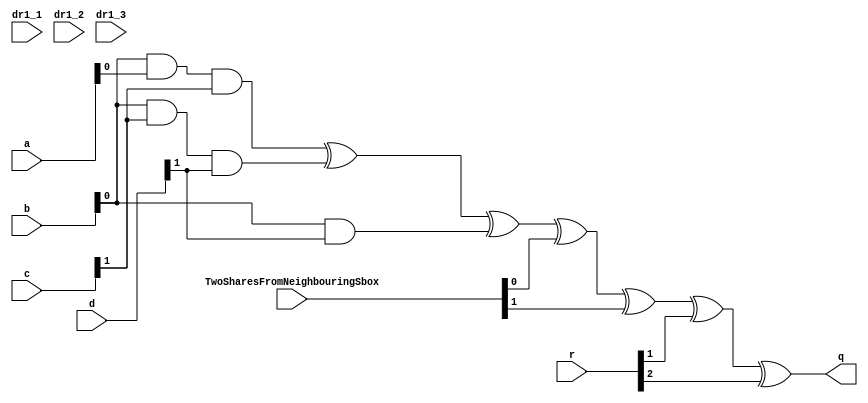
/*
* -----------------------------------------------------------------
* DOCUMENT: "Low-Latency and Low-Randomness Second-Order Masked Cubic Functions", TCHES 2023, Issue 1.
* -----------------------------------------------------------------
*
* Copyright (c) 2021, Aein Rezaei Shahmirzadi
*
* All rights reserved.
*
* THIS SOFTWARE IS PROVIDED BY THE COPYRIGHT HOLDERS AND CONTRIBUTORS "AS IS" AND
* ANY EXPRESS OR IMPLIED WARRANTIES, INCLUDING, BUT NOT LIMITED TO, THE IMPLIED
* WARRANTIES OF MERCHANTABILITY AND FITNESS FOR A PARTICULAR PURPOSE ARE
* DISCLAIMED. IN NO EVENT SHALL THE COPYRIGHT HOLDER OR CONTRIBUTERS BE LIABLE FOR ANY
* DIRECT, INDIRECT, INCIDENTAL, SPECIAL, EXEMPLARY, OR CONSEQUENTIAL DAMAGES
* (INCLUDING, BUT NOT LIMITED TO, PROCUREMENT OF SUBSTITUTE GOODS OR SERVICES;
* LOSS OF USE, DATA, OR PROFITS; OR BUSINESS INTERRUPTION) HOWEVER CAUSED AND
* ON ANY THEORY OF LIABILITY, WHETHER IN CONTRACT, STRICT LIABILITY, OR TORT
* (INCLUDING NEGLIGENCE OR OTHERWISE) ARISING IN ANY WAY OUT OF THE USE OF THIS
* SOFTWARE, EVEN IF ADVISED OF THE POSSIBILITY OF SUCH DAMAGE.
*
* Please see LICENSE and README for license and further instructions.
*/

module NF_CF_1(
    input [2:0] a,
    input [2:0] b,
    input [2:0] c,
    input [2:0] d,
    input [7:0] TwoSharesFromNeighbouringSbox,
	input [71:0] r,
	input [3:0] dr1_1,
	input [3:0] dr1_2,
	input [3:0] dr1_3,
    output q 
	 );
	 
	parameter num = 1;
	parameter Co_f = 0;
	wire [7:0] k;
	assign k = TwoSharesFromNeighbouringSbox;
	
	wire [26:0] r1;
	wire [26:0] r3;
	wire [8:0] r2;
	wire [8:0] r4;
	
	assign r1 = r[26:0];
	assign r3 = r[53:27];
	assign r2 = r[62:54];
	assign r4 = r[71:63];
	 
	generate
		if (Co_f == 0) begin
			if(num==0)  assign q = (b[0]&a[0]&c[0]) ^ (b[0]&c[0]&d[0]) ^ (b[0]&a[0]) ^ (c[0]&a[0]) 	^ (a[0]&d[0]) ^ (b[0]&d[0]) ^ b[0] ^ c[0] ^ d[0] ^ a[0]			^ k[0] 				^ r1[0] ^ r1[1] ^ dr1_1[0];
			if(num==1)  assign q = (b[0]&a[0]&c[1]) ^ (b[0]&c[1]&d[1])                                            ^ (b[0]&d[1])                                     ^ k[0] ^ k[1]		^ r1[1] ^ r1[2];
			if(num==2)  assign q = (b[0]&a[0]&c[2]) ^ (b[0]&c[2]&d[2])                                            ^ (b[0]&d[2])                                     ^ k[1] ^ k[2]		^ r1[2] ^ r1[3];
			if(num==3)  assign q = (b[0]&a[1]&c[1]) ^ (b[0]&c[1]&d[0]) ^ (b[0]&a[1]) 				^ (a[1]&d[0])                                                   ^ k[2] ^ k[3]		^ r1[3] ^ r1[4];
			if(num==4)  assign q = (b[0]&a[1]&c[2]) ^ (b[0]&c[2]&d[1])                                                                                              ^ k[3] ^ k[4]		^ r1[4] ^ r1[5];
			if(num==5)  assign q = (b[0]&a[1]&c[0]) ^ (b[0]&c[0]&d[2])				 ^ (c[0]&a[1])                                                                  ^ k[4] ^ k[5]		^ r1[5] ^ r1[6];
			if(num==6)  assign q = (b[0]&a[2]&c[0]) ^ (b[0]&c[0]&d[1]) ^ (b[0]&a[2]) ^ (c[0]&a[2])                                                                  ^ k[5] ^ k[6]		^ r1[6] ^ r1[7];
			if(num==7)  assign q = (b[0]&a[2]&c[1]) ^ (b[0]&c[1]&d[2])                                                                                              ^ k[6] ^ k[7]		^ r1[7] ^ r1[8];
			if(num==8)  assign q = (b[0]&a[2]&c[2]) ^ (b[0]&c[2]&d[0])  							^ (a[2]&d[0]) ^ a[2]      	                                    ^ k[7] 				^ r1[8] ^ r1[9];
																		                                                                                             				
			if(num==9)  assign q = (b[1]&a[0]&c[2]) ^ (b[1]&c[2]&d[0]) ^ (b[1]&a[0]) 							  ^ (b[1]&d[0]) ^ b[1]                               ^ k[0] 			^ r1[9]  ^ r1[10] ^ dr1_2[0];
			if(num==10) assign q = (b[1]&a[0]&c[0]) ^ (b[1]&c[0]&d[1]) 								^ (a[0]&d[1]) ^ (b[1]&d[1])                                      ^ k[0] ^ k[1]		^ r1[10] ^ r1[11];
			if(num==11) assign q = (b[1]&a[0]&c[1]) ^ (b[1]&c[1]&d[2]) 				 ^ (c[1]&a[0])                ^ (b[1]&d[2])                                      ^ k[1] ^ k[2]		^ r1[11] ^ r1[12];
			if(num==12) assign q = (b[1]&a[1]&c[2]) ^ (b[1]&c[2]&d[2]) ^ (b[1]&a[1])                                                                                 ^ k[2] ^ k[3]		^ r1[12] ^ r1[13];
			if(num==13) assign q = (b[1]&a[1]&c[0]) ^ (b[1]&c[0]&d[0])                                                                                               ^ k[3] ^ k[4]		^ r1[13] ^ r1[14];
			if(num==14) assign q = (b[1]&a[1]&c[1]) ^ (b[1]&c[1]&d[1]) 				 ^ (c[1]&a[1])	^ (a[1]&d[1]) ^ c[1] ^ d[1]                                      ^ k[4] ^ k[5]		^ r1[14] ^ r1[15];
			if(num==15) assign q = (b[1]&a[2]&c[0]) ^ (b[1]&c[0]&d[2]) ^ (b[1]&a[2])                                                                                 ^ k[5] ^ k[6]		^ r1[15] ^ r1[16];
			if(num==16) assign q = (b[1]&a[2]&c[1]) ^ (b[1]&c[1]&d[0]) 				 ^ (c[1]&a[2])                                                                   ^ k[6] ^ k[7]		^ r1[16] ^ r1[17];
			if(num==17) assign q = (b[1]&a[2]&c[2]) ^ (b[1]&c[2]&d[1]) 								^ (a[2]&d[1]) ^ a[2]                                             ^ k[7] 			^ r1[17] ^ r1[18];
																		                                                                                             				
			if(num==18) assign q = (b[2]&a[0]&c[0]) ^ (b[2]&c[0]&d[2]) ^ (b[2]&a[0]) 				^ (a[0]&d[2]) ^ (b[2]&d[2]) ^ b[2] ^ a[0]                        ^ k[0] 		^ r1[18] ^ r1[19] ^ dr1_3[0];
			if(num==19) assign q = (b[2]&a[0]&c[1]) ^ (b[2]&c[1]&d[0])                                            ^ (b[2]&d[0])                                      ^ k[0] ^ k[1]	^ r1[19] ^ r1[20];
			if(num==20) assign q = (b[2]&a[0]&c[2]) ^ (b[2]&c[2]&d[1]) 				 ^ (c[2]&a[0])                ^ (b[2]&d[1])                                      ^ k[1] ^ k[2]	^ r1[20] ^ r1[21];
			if(num==21) assign q = (b[2]&a[1]&c[0]) ^ (b[2]&c[0]&d[1]) ^ (b[2]&a[1])                                                                                 ^ k[2] ^ k[3]	^ r1[21] ^ r1[22];
			if(num==22) assign q = (b[2]&a[1]&c[2]) ^ (b[2]&c[2]&d[0]) 				 ^ (c[2]&a[1])                                                                   ^ k[3] ^ k[4]	^ r1[22] ^ r1[23];
			if(num==23) assign q = (b[2]&a[1]&c[1]) ^ (b[2]&c[1]&d[2]) 								^ (a[1]&d[2])                                                    ^ k[4] ^ k[5]	^ r1[23] ^ r1[24];
			if(num==24) assign q = (b[2]&a[2]&c[1]) ^ (b[2]&c[1]&d[1]) ^ (b[2]&a[2])                                                                                 ^ k[5] ^ k[6]	^ r1[24] ^ r1[25];
			if(num==25) assign q = (b[2]&a[2]&c[0]) ^ (b[2]&c[0]&d[0])                                                                                               ^ k[6] ^ k[7]	^ r1[25] ^ r1[26];
			if(num==26) assign q = (b[2]&a[2]&c[2]) ^ (b[2]&c[2]&d[2]) 				 ^ (c[2]&a[2]) 	^ (a[2]&d[2]) ^ c[2] ^ d[2]                                     ^ k[7] 			^ r1[26] ^ r1[0];
		end				
						
		else if (Co_f == 1) begin				
			if(num==0)  assign q = (b[0]&c[0]&d[0]) ^ (b[0]&a[0]) ^ (b[0]&c[0]) ^ (b[0]&d[0]) 	^ (c[0]&d[0]) ^ d[0] ^ a[0] ^ c[0]									^ k[0] 			^ r3[0] ^ r3[1] ^ dr1_1[1];
			if(num==1)  assign q = (b[0]&c[1]&d[1])               ^ (b[0]&c[1]) ^ (b[0]&d[1])                                                                       ^ k[0] ^ k[1]	^ r3[1] ^ r3[2];
			if(num==2)  assign q = (b[0]&c[2]&d[2])               ^ (b[0]&c[2]) ^ (b[0]&d[2])					^ c[2]                                              ^ k[1] ^ k[2]	^ r3[2] ^ r3[3];
			if(num==3)  assign q = (b[0]&c[1]&d[0]) ^ (b[0]&a[1])								^ (c[1]&d[0])                                                       ^ k[2] ^ k[3]	^ r3[3] ^ r3[4];
			if(num==4)  assign q = (b[0]&c[2]&d[1]) 															                                                    ^ k[3] ^ k[4]	^ r3[4] ^ r3[5];
			if(num==5)  assign q = (b[0]&c[0]&d[2])				                                                                                                    ^ k[4] ^ k[5]	^ r3[5] ^ r3[6];
			if(num==6)  assign q = (b[0]&c[0]&d[1]) ^ (b[0]&a[2])                                                                                                   ^ k[5] ^ k[6]	^ r3[6] ^ r3[7];
			if(num==7)  assign q = (b[0]&c[1]&d[2])                                                                                                                 ^ k[6] ^ k[7]	^ r3[7] ^ r3[8];
			if(num==8)  assign q = (b[0]&c[2]&d[0]) 											^ (c[2]&d[0])                                                       ^ k[7] 			^ r3[8] ^ r3[9];
													                                                                                                                 				
			if(num==9)  assign q = (b[1]&c[2]&d[0]) ^ (b[1]&a[0]) ^ (b[1]&c[2]) ^ (b[1]&d[0])                                                                        ^ k[0] 		^ r3[9]  ^ r3[10] ^ dr1_2[1];
			if(num==10) assign q = (b[1]&c[0]&d[1]) 			  ^ (b[1]&c[0]) ^ (b[1]&d[1]) 	^ (c[0]&d[1])  ^ d[1] ^ a[1]                                         ^ k[0] ^ k[1]	^ r3[10] ^ r3[11];
			if(num==11) assign q = (b[1]&c[1]&d[2]) 			  ^ (b[1]&c[1]) ^ (b[1]&d[2])                                                                        ^ k[1] ^ k[2]	^ r3[11] ^ r3[12];
			if(num==12) assign q = (b[1]&c[2]&d[2]) ^ (b[1]&a[1])                                                                                                    ^ k[2] ^ k[3]	^ r3[12] ^ r3[13];
			if(num==13) assign q = (b[1]&c[0]&d[0])                                                                                                                  ^ k[3] ^ k[4]	^ r3[13] ^ r3[14];
			if(num==14) assign q = (b[1]&c[1]&d[1])												^ (c[1]&d[1]) 				                                         ^ k[4] ^ k[5]	^ r3[14] ^ r3[15];
			if(num==15) assign q = (b[1]&c[0]&d[2]) ^ (b[1]&a[2])                                                                                                    ^ k[5] ^ k[6]	^ r3[15] ^ r3[16];
			if(num==16) assign q = (b[1]&c[1]&d[0]) 				                                                                                                 ^ k[6] ^ k[7]	^ r3[16] ^ r3[17];
			if(num==17) assign q = (b[1]&c[2]&d[1]) 											^ (c[2]&d[1]) ^ c[2]                                                 ^ k[7] 		^ r3[17] ^ r3[18];
													                                                                                                                 				
			if(num==18) assign q = (b[2]&c[0]&d[2]) ^ (b[2]&a[0]) ^ (b[2]&c[0]) ^ (b[2]&d[2])	^ (c[0]&d[2])                                                        ^ k[0] 		^ r3[18] ^ r3[19] ^ dr1_3[1];
			if(num==19) assign q = (b[2]&c[1]&d[0])               ^ (b[2]&c[1]) ^ (b[2]&d[0])                                                                        ^ k[0] ^ k[1]	^ r3[19] ^ r3[20];
			if(num==20) assign q = (b[2]&c[2]&d[1]) 			  ^ (b[2]&c[2])	^ (b[2]&d[1])                                                                        ^ k[1] ^ k[2]	^ r3[20] ^ r3[21];
			if(num==21) assign q = (b[2]&c[0]&d[1]) ^ (b[2]&a[1])                                                                                                    ^ k[2] ^ k[3]	^ r3[21] ^ r3[22];
			if(num==22) assign q = (b[2]&c[2]&d[0]) 				                                                                                                 ^ k[3] ^ k[4]	^ r3[22] ^ r3[23];
			if(num==23) assign q = (b[2]&c[1]&d[2])												^ (c[1]&d[2]) 				                                         ^ k[4] ^ k[5]	^ r3[23] ^ r3[24];
			if(num==24) assign q = (b[2]&c[1]&d[1]) ^ (b[2]&a[2])                                                                                                    ^ k[5] ^ k[6]	^ r3[24] ^ r3[25];
			if(num==25) assign q = (b[2]&c[0]&d[0])																^ c[0]                                               ^ k[6] ^ k[7]	^ r3[25] ^ r3[26];
			if(num==26) assign q = (b[2]&c[2]&d[2])												^ (c[2]&d[2]) ^ d[2] ^ a[2]                                         ^ k[7] 			^ r3[26] ^ r3[0];
		end					
						
		else if (Co_f == 2) begin				
			if(num==0)  assign q = (b[0]&c[0]) ^ d[0] ^ c[0] ^ b[0] ^ 1'b1  ^ k[0] ^ k[1] ^ r2[0] ^ r2[1] ^ dr1_1[2];
			if(num==1)  assign q = (b[0]&c[1])                            	^ k[1] ^ k[2] ^ r2[1] ^ r2[2];
			if(num==2)  assign q = (b[0]&c[2])                            	^ k[2] ^ k[0] ^ r2[2] ^ r2[3];                              
			
			if(num==3)  assign q = (b[1]&c[0]) ^ d[1] ^ b[1]		  		^ k[0] ^ k[1] ^ r2[3] ^ r2[4] ^ dr1_2[2];
			if(num==4)  assign q = (b[1]&c[1]) ^ c[1]                       ^ k[1] ^ k[2] ^ r2[4] ^ r2[5];
			if(num==5)  assign q = (b[1]&c[2])                            	^ k[2] ^ k[0] ^ r2[5] ^ r2[6];                                                
			
			if(num==6)  assign q = (b[2]&c[0]) ^ d[2] ^ b[2]		  		^ k[0] ^ k[1] ^ r2[6] ^ r2[7] ^ dr1_3[2];
			if(num==7)  assign q = (b[2]&c[1])                            	^ k[1] ^ k[2] ^ r2[7] ^ r2[8];
			if(num==8)  assign q = (b[2]&c[2]) ^ c[2]						^ k[2] ^ k[0] ^ r2[8] ^ r2[0];																 				
			
		end					
						
		else if (Co_f == 3) begin				
			if(num==0)  assign q = (c[0]&d[0]) ^ d[0] ^ c[0] ^ a[0] ^ 1'b1	^ k[0] ^ k[1] ^ r4[0] ^ r4[1] ^ dr1_1[3];
			if(num==1)  assign q = (c[0]&d[1])                            	^ k[1] ^ k[2] ^ r4[1] ^ r4[2];
			if(num==2)  assign q = (c[0]&d[2])                            	^ k[2] ^ k[0] ^ r4[2] ^ r4[3];                                          
																			   
			if(num==3)  assign q = (c[1]&d[0]) ^ c[1] ^ a[1]		  		^ k[0] ^ k[1] ^ r4[3] ^ r4[4] ^ dr1_2[3];
			if(num==4)  assign q = (c[1]&d[1]) ^ d[1]                     	^ k[1] ^ k[2] ^ r4[4] ^ r4[5];
			if(num==5)  assign q = (c[1]&d[2])                            	^ k[2] ^ k[0] ^ r4[5] ^ r4[6];                                             
																			   
			if(num==6)  assign q = (c[2]&d[0]) ^ c[2] ^ a[2]		  		^ k[0] ^ k[1] ^ r4[6] ^ r4[7] ^ dr1_3[3];
			if(num==7)  assign q = (c[2]&d[1])                            	^ k[1] ^ k[2] ^ r4[7] ^ r4[8];
			if(num==8)  assign q = (c[2]&d[2]) ^ d[2]						^ k[2] ^ k[0] ^ r4[8] ^ r4[0];
			
		end	
		
		


	endgenerate


endmodule